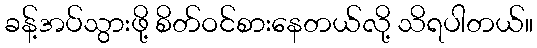
ခန့်အပ်သွားဖို့ စိတ်ဝင်စားနေတယ်လို့ သိရပါတယ်။